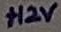
Text: +12V